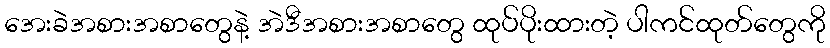
အေးခဲအစားအစာတွေနဲ့ အဲဒီအစားအစာတွေ ထုပ်ပိုးထားတဲ့ ပါကင်ထုတ်တွေကို